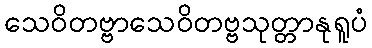
သေဝိတဗ္ဗာသေဝိတဗ္ဗသုတ္တာနုရူပံ